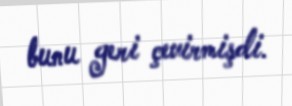
bunu geri çevirmişdi.